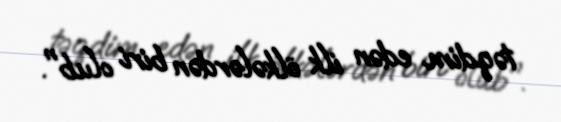
təqdim edən ilk ölkələrdən biri olub".